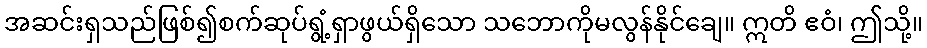
အဆင်းရှသည်ဖြစ်၍စက်ဆုပ်ရွံ့ရှာဖွယ်ရှိသော သဘောကိုမလွန်နိုင်ချေ။ ဣတိ ဧဝံ၊ ဤသို့။